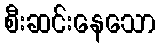
စီးဆင်းနေသော